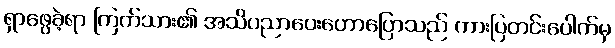
ရှာဖွေခဲ့ရာ ကြက်သား၏ အသိပညာပေးဟောပြောသည် ကားပြတင်းပေါက်မှ